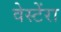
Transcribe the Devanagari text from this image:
वेस्टेंरा